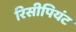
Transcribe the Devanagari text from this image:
रिसीपियंट